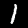
Label: 1